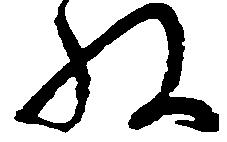
ね